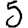
Digit: 5